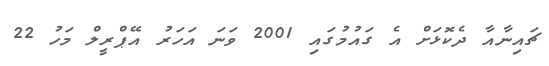
ޗައިނާއާ ދެކޮޅަށް އެ ގައުމުގައި 2001 ވަނަ އަހަރު އޭޕްރީލް މަހު 22